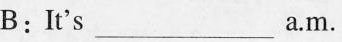
B:It's___a.M.